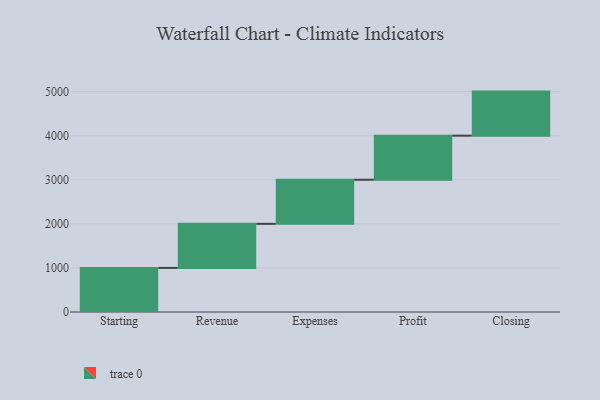
{"axis": {"x": "Step", "y": "Value"}, "legend": [""], "data": [{"x": "Starting", "y": 1000, "type": ""}, {"x": "Revenue", "y": 1000, "type": ""}, {"x": "Expenses", "y": 1000, "type": ""}, {"x": "Profit", "y": 1000, "type": ""}, {"x": "Closing", "y": 1000, "type": ""}]}